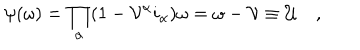
\psi ( \omega ) = \prod _ { \alpha } ( 1 - \mathcal { V } ^ { \alpha } i _ { \alpha } ) \omega = \omega - \mathcal { V } \equiv \mathcal { U } \quad ,